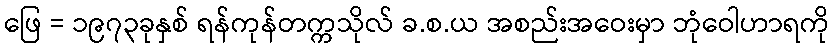
ဖြေ = ၁၉၇၃ခုနှစ် ရန်ကုန်တက္ကသိုလ် ခ.စ.ယ အစည်းအဝေးမှာ ဘုံဝေါဟာရကို